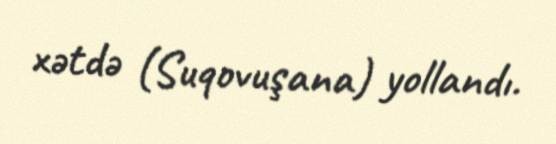
xətdə (Suqovuşana) yollandı.